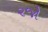
૨જો